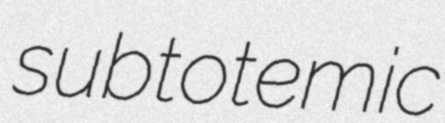
subtotemic